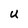
Character: U